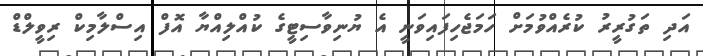
އަދި ތަގުރީރު ކުރެއްވުމަށް ހަމަޖެހިފައިވަނީ އެ ޔުނިވާސިޓީގެ ކުއްލިއްޔާ އޮފް އިސްލާމިކް ރިވީލްޑް